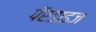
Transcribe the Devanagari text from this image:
पॅरडाइज